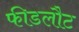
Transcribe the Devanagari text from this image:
फीडलौट